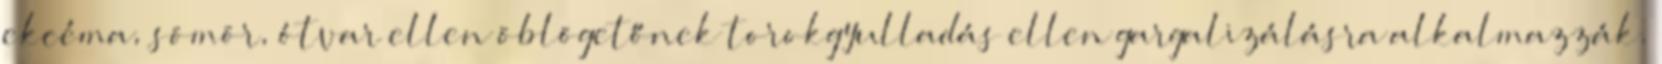
ekcéma, sömör, ótvar ellen öblögetőnek torokgyulladás ellen gargalizálásra alkalmazzák.